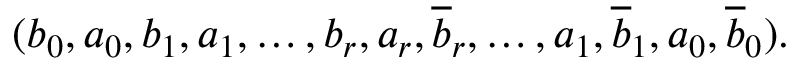
( b _ { 0 } , a _ { 0 } , b _ { 1 } , a _ { 1 } , \ldots , b _ { r } , a _ { r } , \overline { { b } } _ { r } , \ldots , a _ { 1 } , \overline { { b } } _ { 1 } , a _ { 0 } , \overline { { b } } _ { 0 } ) .